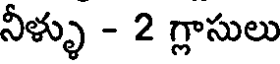
నీళ్ళు - 2 గ్లాసులు